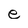
Character: e